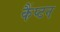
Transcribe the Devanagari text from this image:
कैंप्टन